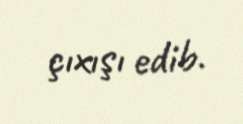
çıxışı edib.